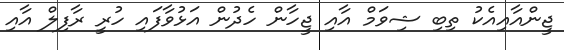
ޖީންއާއިއެކު ތިބި ޝިވަމް އާއި ޖީހާން ހެދުން އަޅުވާފައި ހުރީ ރާފިލް އާއި